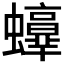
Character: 𧔫